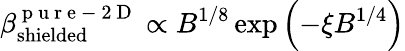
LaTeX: \beta_{\mathrm{shielded}}^{\mathrm{~p~u~r~e~-~2~D~}}\propto B^{1/8}\exp\left(-\xi B^{1/4}\right)